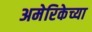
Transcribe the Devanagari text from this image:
अमेरिकेच्या